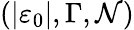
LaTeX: \left(\left\vert\varepsilon_{0}\right\vert,\Gamma,\mathcal{N}\right)